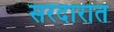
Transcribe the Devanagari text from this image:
सरदारात